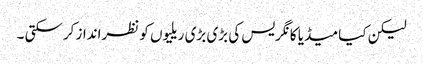
لیکن کیا میڈیا کانگریس کی بڑی بڑی ریلیوں کو نظرانداز کرسکتی ۔